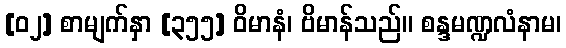
[၀၂] စာမျက်နှာ [၃၅၅] ဝိမာနံ၊ ဗိမာန်သည်။ စန္ဒမဏ္ဍလံနာမ၊